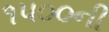
૧૫૦૦ની